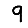
Digit: 9